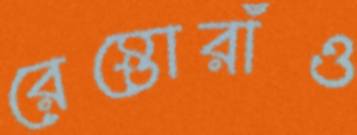
রেস্তোরাঁও